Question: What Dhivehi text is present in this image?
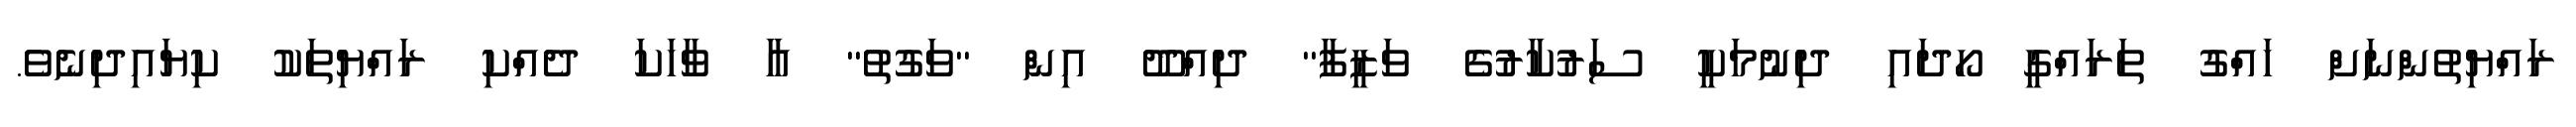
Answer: ރައްޔިތުންނަށް ހައްގު ތަރައްގީ ހޯދައި ދިނުމަކީ ސަރުކާރުގެ ވަޒީފާ" ދިއްދޫ އިން "ވަގުތު" އާ ވާހަކަ ދެއްކި ރައްޔިތަކު ކިޔައިދިނެވެ.